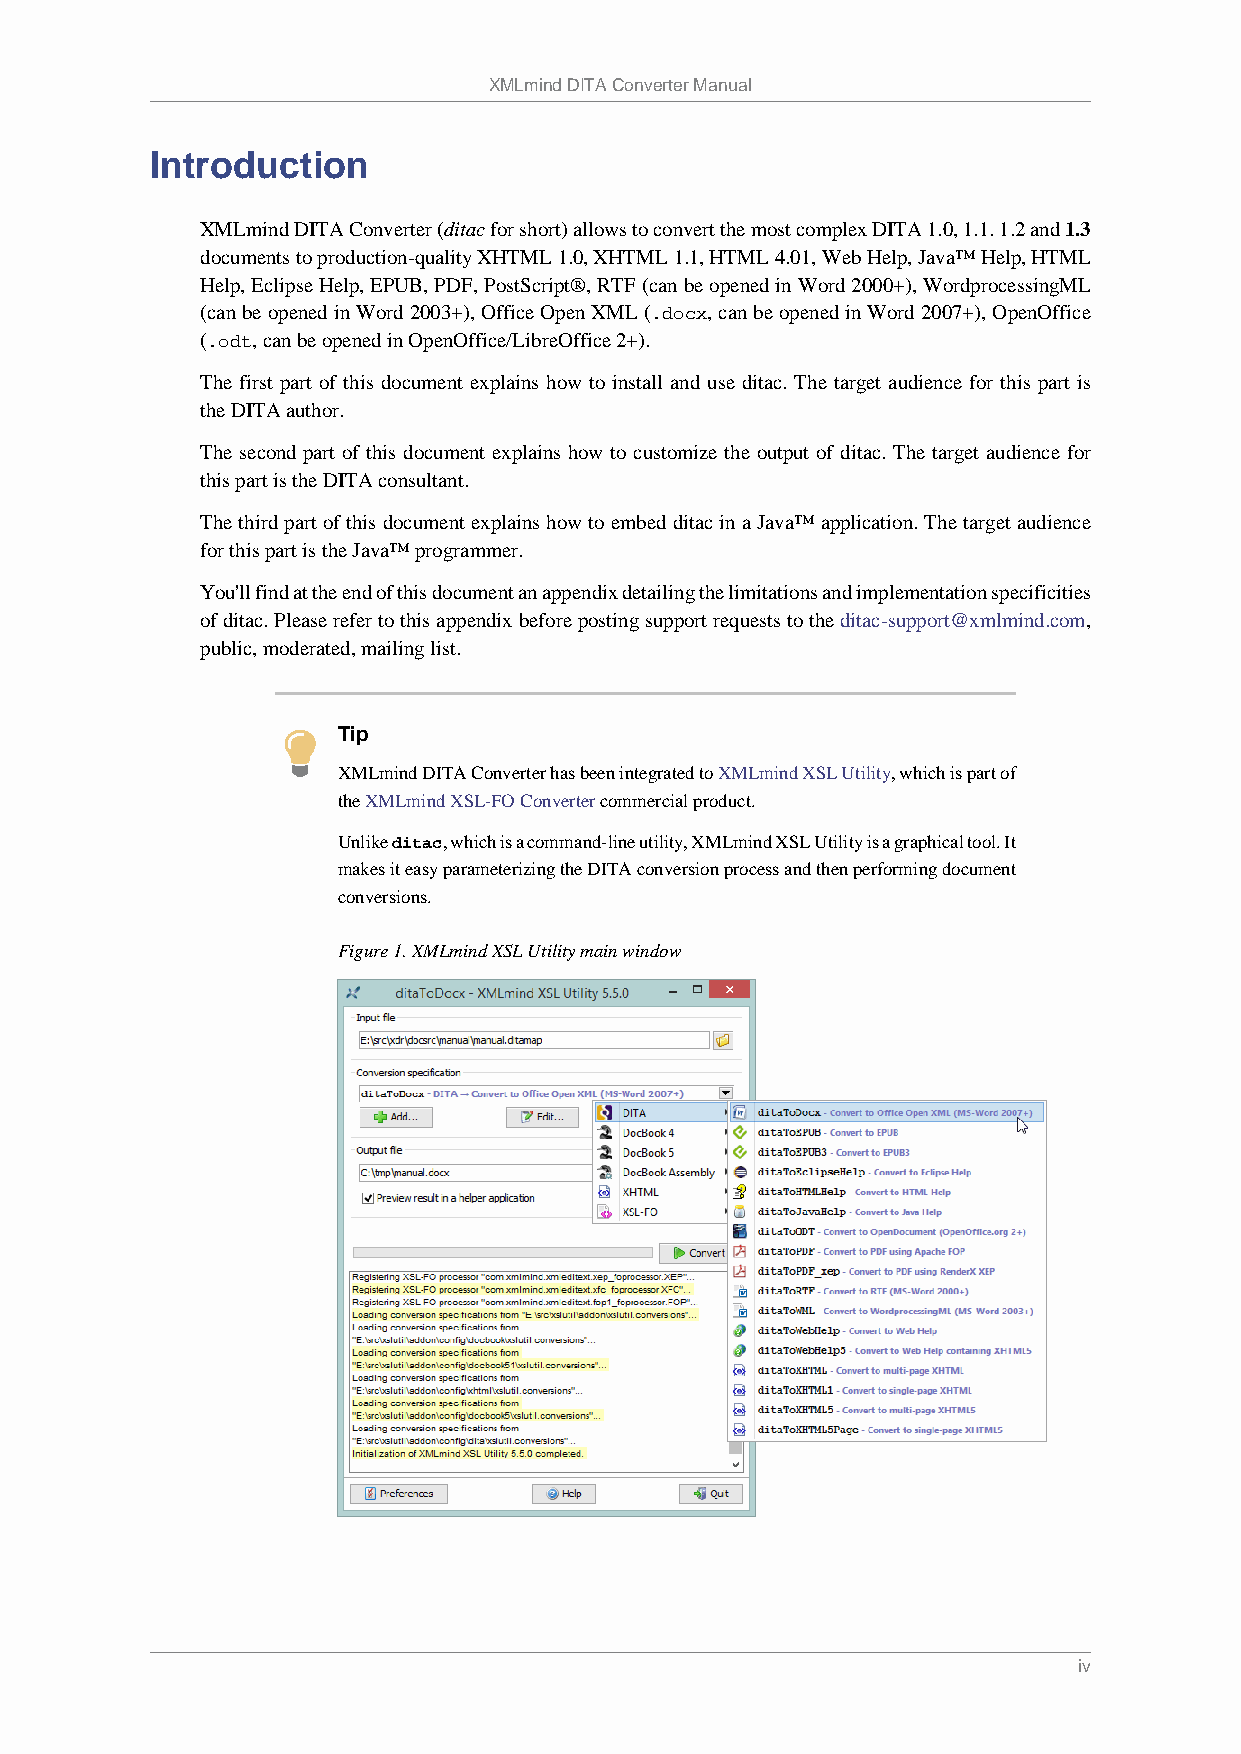
XMLmind DITA Converter Manual
 Introduction
 XMLmind DITA Converter (ditac for short) allows to convert the most complex DITA 1.0, 1.1. 1.2 and 1.3
 documents to production-quality XHTML 1.0, XHTML 1.1, HTML 4.01, Web Help, Java™ Help, HTML
 Help, Eclipse Help, EPUB, PDF, PostScript®, RTF (can be opened in Word 2000+), WordprocessingML
 (can be opened in Word 2003+), Office Open XML (.docx, can be opened in Word 2007+), OpenOffice
 (.odt, can be opened in OpenOffice/LibreOffice 2+).
 The first part of this document explains how to install and use ditac. The target audience for this part is
 the DITA author.
 The second part of this document explains how to customize the output of ditac. The target audience for
 this part is the DITA consultant.
 The third part of this document explains how to embed ditac in a Java™ application. The target audience
 for this part is the Java™ programmer.
 You'll find at the end of this document an appendix detailing the limitations and implementation specificities
 of ditac. Please refer to this appendix before posting support requests to the ditac-support@xmlmind.com,
 public, moderated, mailing list.
 Tip
 XMLmind DITA Converter has been integrated to XMLmind XSL Utility, which is part of
 the XMLmind XSL-FO Converter commercial product.
 Unlike ditac, which is a command-line utility, XMLmind XSL Utility is a graphical tool. It
 makes it easy parameterizing the DITA conversion process and then performing document
 conversions.
 Figure 1. XMLmind XSL Utility main window
 iv